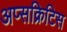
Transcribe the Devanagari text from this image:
अप्सक्रिटिस